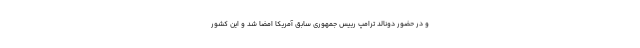
و در حضور دونالد ترامپ رییس جمهوری سابق آمریکا امضا شد و این کشور